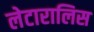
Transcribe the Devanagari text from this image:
लेटारालिस